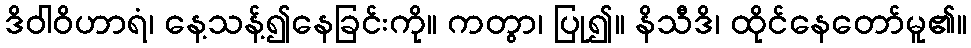
ဒိဝါဝိဟာရံ၊ နေ့သန့်၍နေခြင်းကို။ ကတွာ၊ ပြု၍။ နိသီဒိ၊ ထိုင်နေတော်မူ၏။